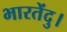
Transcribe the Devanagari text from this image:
भारतेंदु।